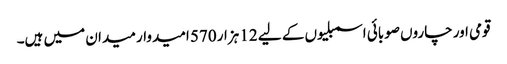
قومی اور چاروں صوبائی اسمبلیوں کے لیے 12 ہزار 570 امیدوار میدان میں ہیں۔